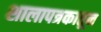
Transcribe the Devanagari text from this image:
शालापत्रकातून